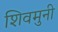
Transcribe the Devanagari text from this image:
शिवमुनी